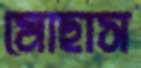
মোছাস